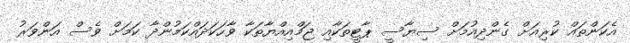
އެކަންތައް ކުރިއަށް ގެންދިއުމަށް ސިޔާސީ ޕާޓީތަކާއި ޖަމްއިއްޔާތަކާ ވާހަކަދައްކަމުންދާ ކަމަށް ވެސް އަންވަރު